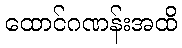
ထောင်ဂဏန်းအထိ